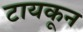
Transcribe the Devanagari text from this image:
टायकून